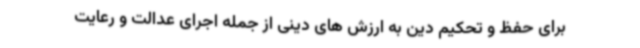
برای حفظ و تحکیم دین به ارزش های دینی از جمله اجرای عدالت و رعایت